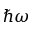
\hbar \omega